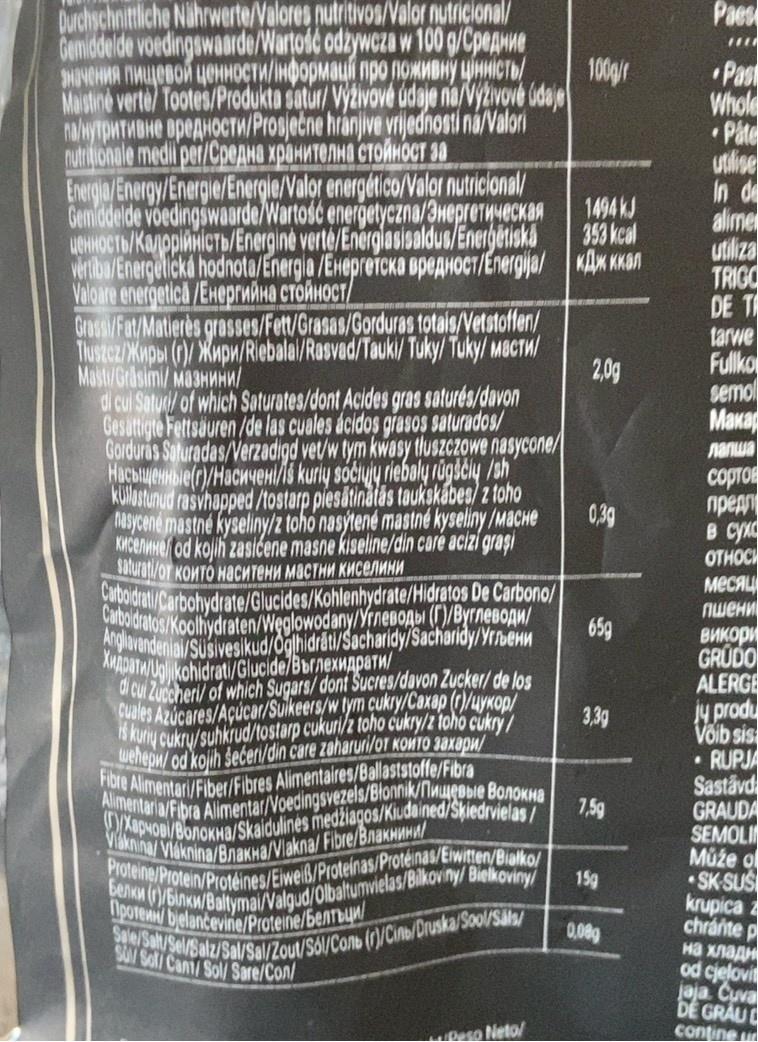
Durchschnittliche Nährwerte/Valores nutritivos/Valor nutricional/ Gemiddelde voedingswaarde/Wartość odżywcza w 100 g/CpeAnne значения пищевой ценности/iнформацi про поживну цінність/ Maistinė verte/ Tootes/Produkta satur/ Výživové údaje na/Výživové údaje na/нутритивне вредности/Prosječne hranjive vrijednosti na/Valori nutritionale medil per/Средна хранителна стойност за
Energia/Energy/Energie/Energie/Valor energético/Valor nutricional/ Gemiddelde voedingswaarde/Wartośc energetyczna/Энергетическая LeHHOсTь/Kappiнicтb/Energinė verté/Energiasisaldus/Energetiska vertiba/Energetická hodnota/Energia /EHеprеTсka вpедHoсT/Energija/ Valoare energeticd /Енергийна стойност/
Grassi/Fat/Matierès grasses/Fett/Grasas/Gorduras totais/Vetstoffen/ Tłuszcz/wpы (r)/mpи/Riebalai/Rasvad/Tauki/ Tuky/Tuky/ MacTM/ Masti/Gräsimi/ Mа3ниHи/
di cui Saturi/ of which Saturates/dont Acides gras saturés/davon Gesättigte Fettsäuren/de las cuales ácidos grasos saturados/ Gorduras Saturadas/Verzadigd vet/w tym kwasy tłuszczowe nasycone/ Hacbeннble(r)/Hacиченi/iš kurių sočiųjų riebalų rūgščių /sh Küllastunud rasvhapped /tostarp piesātinātās taukskābes/z toho nasycené mastné kyseliny/z toho nasýtené mastné kyseliny/MacHe Kcene od kojih zasićene masne kiseline/din care acizi graşi saturat/от които наситени мастни киселини Carboidrati/Carbohydrate/Glucides/Kohlenhydrate/Hidratos
De Carbono/
Carbo dratos/Koolhydraten/Weglowodany/Углеводы (Г)/Вуглеводи/
Хидрати/ kohidrat/Glucide/Въглехидрати/
di cui Zuccheri/ of which Sugars/dont Sucres/davon Zucker/ de los Cuales Azúcares/Açúcar/Sulkeers/w tym cukry/Caxap (r)/u/kop/
is kurių cukrų/suhkrud/tostarp cukuri/z toho cukry/z toho cukry/ wehepw/ od kojih šećeri/din care zaharuri/OT KOMTO 3аxаpи/
Fibre Alimentari/Fiber/Fibres Alimentaires/Ballaststoffe/Fibra Alimentaria/Fibra Alimentar/Voedingsvezels/Błonnik/Mиeвыie BoлоKHа ()/Xapчoв\/BоnoкHa/Skaidulinės medžiagos/Kiudained/Sķiedrvielas/ Viaknina/Vláknina/Bлaкнa/Vlakna/Fibre/Bлaкнини/ Proteine/Protein/Protéines/Eiweiß/Proteinas/Protéinas/Eiwitten/Bialko/
Benku (r)/binkw/Baltymai/Valgud/Olbaltumvielas/Bilkoviny/ Bielkoviny/
poteww/ bjelančevine/Proteine/Bentbuw/ Sale/Sal/Sel/Salz/Sal/Sal/Zout/Sol/Conb(r)/Cinb/Druska/Sool/Säls/
SUV Sol/ Cant/Sol/ Sare/Con/
Peso Neto/
100g/r
1494 KJ
353 kcal
KAx Kan
2,0g
0,39
65g
3,3g
7,5g
15g
0,08g
Paes
****
Pas Whole
Pâte
utilise
In de
alime
utiliza
TRIGO
DE T
tarwe
Fullko
semol
Makap
nanwa
COPTOL
предп в суха
OTHOCK
месяц
пшени
викори
GRUDO
ALERGE
ju produ
Võib sis
RUPJA
Sastāvd
GRAUDA
SEMOLI
Může o
SK-SUS
krupica chránite p на хладн od cjelovit jaja. Cuva DE GRAU L
contine un